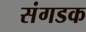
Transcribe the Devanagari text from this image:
संगडक